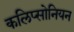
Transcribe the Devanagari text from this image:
कलिप्सोनियन